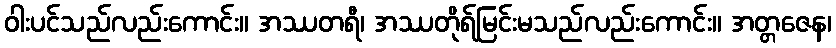
ဝါးပင်သည်လည်းကောင်း။ အဿတရီ၊ အဿတိုရ်မြင်းမသည်လည်းကောင်း။ အတ္တဇေန၊